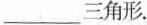
___三角形。